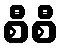
စီစီ